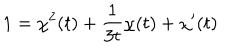
1 = \chi ^ { 2 } ( t ) + { \frac { 1 } { 3 t } } \chi ( t ) + \chi ^ { \prime } ( t )